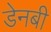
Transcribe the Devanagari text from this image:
डेनबी